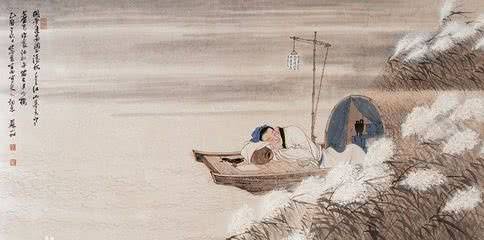
念去来岁月如流，徘徊久叹息愁思盈。